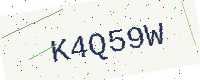
Text: K4Q59W